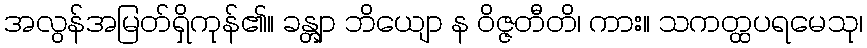
အလွန်အမြတ်ရှိကုန်၏။ ခန္တျာ ဘိယျော န ဝိဇ္ဇတီတိ၊ ကား။ သကတ္ထပရမေသု၊